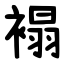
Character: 褟